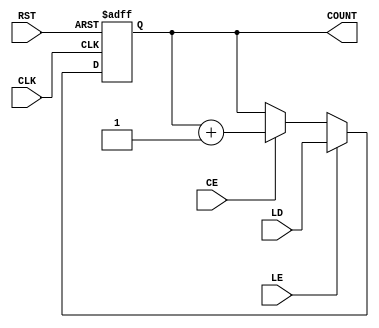
module LoadableCounter #(
    parameter WIDTH = 4  // Parameter to set the width of the counter
)(
    input wire CLK,       // Clock input
    input wire RST,       // Reset input
    input wire CE,        // Count Enable input
    input wire LE,        // Load Enable input
    input wire [WIDTH-1:0] LD, // Load value input
    output reg [WIDTH-1:0] COUNT // Current count value output
);

    // Always block for counter operation
    always @(posedge CLK or posedge RST) begin
        if (RST) begin
            // Reset the counter to zero
            COUNT <= 0;
        end else if (LE) begin
            // Load the counter with the specified value
            COUNT <= LD;
        end else if (CE) begin
            // Increment the counter
            COUNT <= COUNT + 1;
        end
        // If CE and LE are both low, COUNT retains its value
    end

endmodule